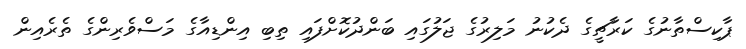
ޕާކިސްތާނުގެ ކަރާޗީގެ ދެކުނު މަލިރުގެ ޖަލުގައި ބަންދުކޮށްފައި ތިބި އިންޑިއާގެ މަސްވެރިންގެ ތެރެއިން